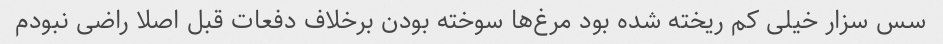
سس سزار خیلی کم ریخته شده بود مرغ‌ها سوخته بودن برخلاف دفعات قبل اصلا راضی نبودم